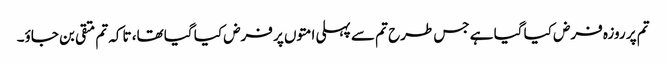
تم پر روزہ فرض کیا گیا ہے جس طرح تم سے پہلی امتوں پر فرض کیا گیا تھا، تاکہ تم متقی بن جاؤ۔